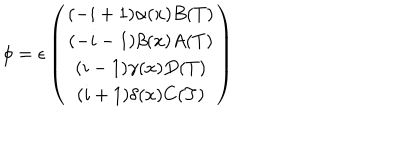
LaTeX: \phi = \epsilon \left( \begin{array} { c } { { ( - i + 1 ) \alpha ( x ) B ( T ) } } \\ { { ( - i - 1 ) \beta ( x ) A ( T ) } } \\ { { ( i - 1 ) \gamma ( x ) D ( T ) } } \\ { { ( i + 1 ) \delta ( x ) C ( T ) } } \\ \end{array} \right)